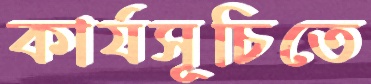
কার্যসূচিতে